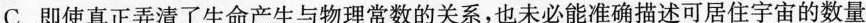
C.即使真正弄清了生命产生与物理常数的关系，也未必能准确描述可居住宇宙的数量